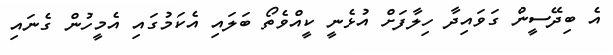
އެ ބިދޭސީން ގަވައިދާ ހިލާފަށް އުޅެނީ ކީއްވެތޯ ބަލައި އެކަމުގައި އެމީހުން ގެނައި